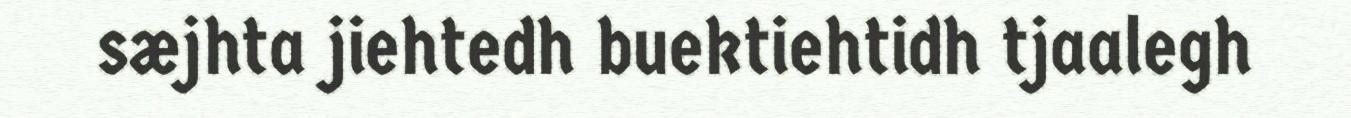
sæjhta jiehtedh buektiehtidh tjaalegh